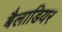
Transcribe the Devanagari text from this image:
बैलाडियर